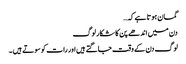
گمان ہوتا ہے کہ…
دن میں اندھے پن کا شکار لوگ
لوگ دن کے وقت جاگتے ہیں اور رات کو سوتے ہیں ۔